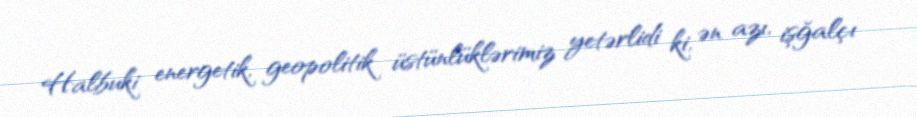
Halbuki energetik, geopolitik üstünlüklərimiz yetərlidi ki, ən azı, işğalçı